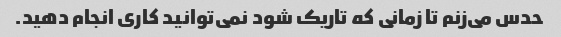
حدس می‌زنم تا زمانی که تاریک شود نمی‌توانید کاری انجام دهید.